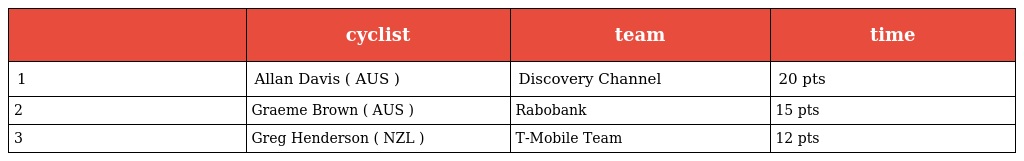
|  | cyclist | team | time |
 | --- | --- | --- | --- |
 | 1 | Allan Davis ( AUS ) | Discovery Channel | 20 pts |
 | 2 | Graeme Brown ( AUS ) | Rabobank | 15 pts |
 | 3 | Greg Henderson ( NZL ) | T-Mobile Team | 12 pts |